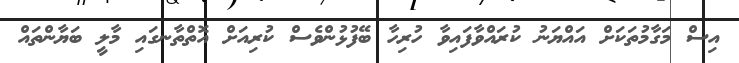
އިސް މަގާމުތަކަށް އައްޔަނު ކުރައްވާފައިވާ ހުރިހާ ބޭފުޅުންވެސް ކުރިއަށް އޮތްތާނގައި މާލީ ބަޔާންތައް